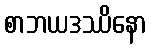
စာဘယဒဿိနော